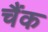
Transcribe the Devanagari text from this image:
चैंक